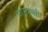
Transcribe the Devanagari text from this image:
जाम्बन्ती